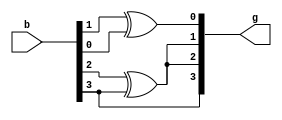
module bin_to_gr(
    input [3:0] b,
    output [3:0] g
);

    assign g[0] = b[1] ^ b[0];
    assign g[1] = b[2] ^ b[3];
    assign g[2] = b[3] ^ b[2];
    assign g[3] = b[3];

endmodule